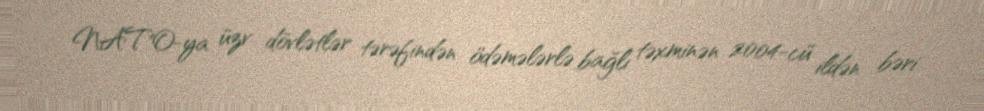
NATO-ya üzv dövlətlər tərəfindən ödəmələrlə bağlı təxminən 2004-cü ildən bəri